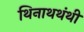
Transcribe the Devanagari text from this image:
थिनाथथंथी